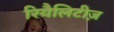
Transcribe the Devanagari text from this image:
रियैलिटीज़